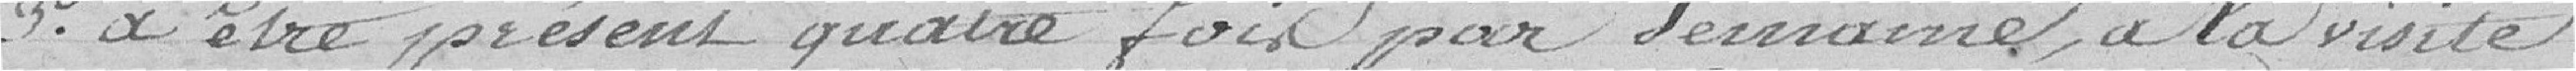
3° à être présent quatre fois par semaine à la visite